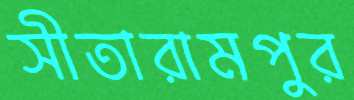
সীতারামপুর